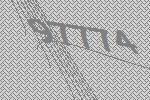
97774